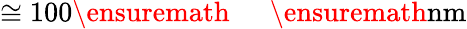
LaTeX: \cong 100\ensuremath{\mathrm{~\textrm~{~\, ~}~}}\ensuremath{\mathrm{nm}}